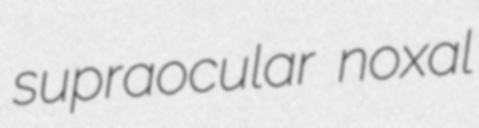
supraocular noxal